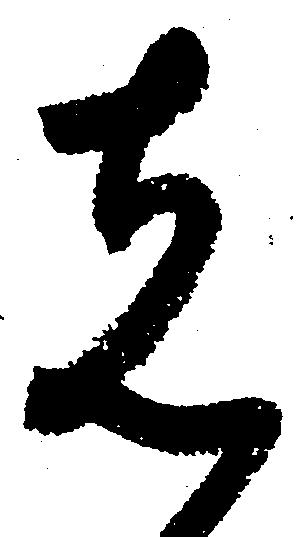
先